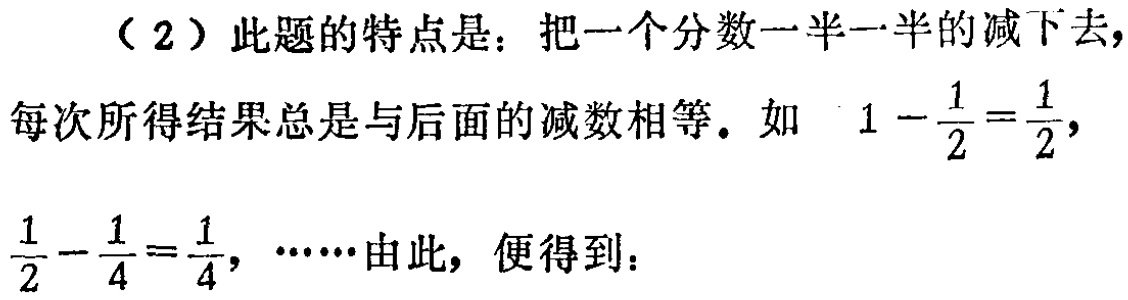
（2）此题的特点是：把一个分数一半一半的减下去，每次所得结果总是与后面的减数相等。如 \(1 - \frac{1}{2} = \frac{1}{2}\)，\(\frac{1}{2} - \frac{1}{4} = \frac{1}{4}\)，……由此，便得到：